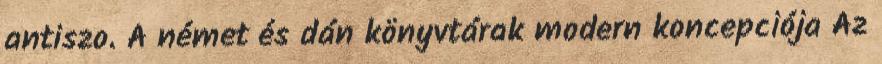
antiszo. A német és dán könyvtárak modern koncepciója Az